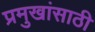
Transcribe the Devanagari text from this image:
प्रमुखांसाठी